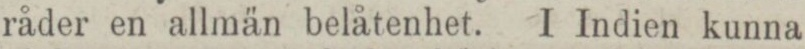
råder en allmän belåtenhet. I Indien kunna